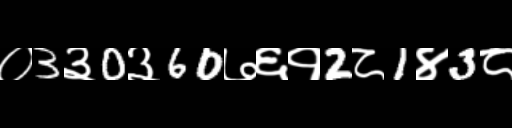
Text: ०3३0३60७६१2८1४3८